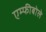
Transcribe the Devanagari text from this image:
एम्फीबोले